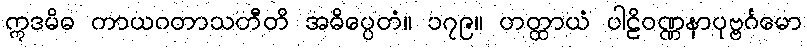
ဣဒမိဓ ကာယဂတာသတီတိ အဓိပ္ပေတံ။ ၁၇၉။ တတ္ထာယံ ပါဠိဝဏ္ဏနာပုဗ္ဗင်္ဂမော